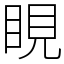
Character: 睍